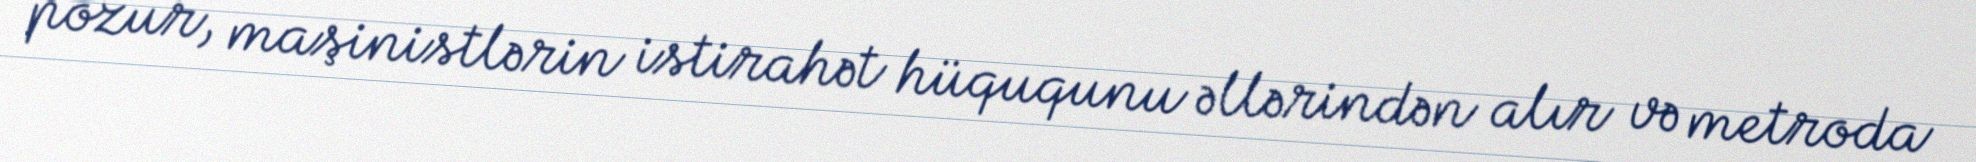
pozur, maşinistlərin istirahət hüququnu əllərindən alır və metroda